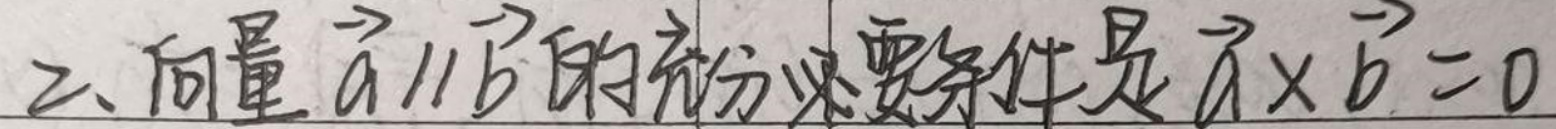
2、向量\(\vec{a} \parallel \vec{b}\)的充分必要条件是\(\vec{a} \times \vec{b} = 0\)